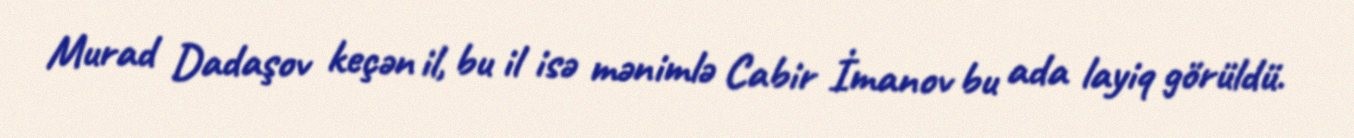
Murad Dadaşov keçən il, bu il isə mənimlə Cabir İmanov bu ada layiq görüldü.